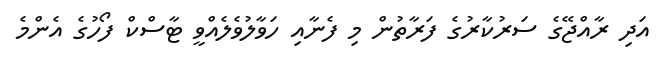
އަދި ރާއްޖޭގެ ސަރުކާރުގެ ފަރާތުން މި ފެނާއި ހަވާލުވެލެއްވީ ޓާސްކް ފޯހުގެ އެންމެ